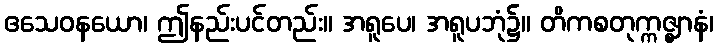
ဧသေဝနယော၊ ဤနည်းပင်တည်း။ အရူပေ၊ အရူပဘုံ၌။ တိကစတုက္ကဇ္ဈာနံ၊